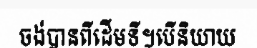
ចង់បានពីដើមទី។បើនិយាយ